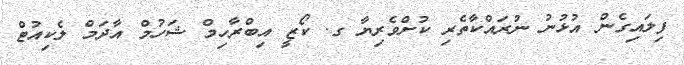
ފިލައިގެން އުޅުނު ނުރައްކާތެރި ކުށްވެރިޔާ ގ. ކޯޒީ އިބްރާހިމް ޝަހުމް އާދަމް ލެކިއުޓް